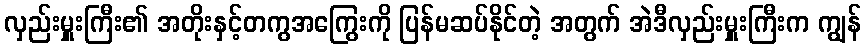
လှည်းမှူးကြီး၏ အတိုးနှင့်တကွအကြွေးကို ပြန်မဆပ်နိုင်တဲ့ အတွက် အဲဒီလှည်းမှူးကြီးက ကျွန်